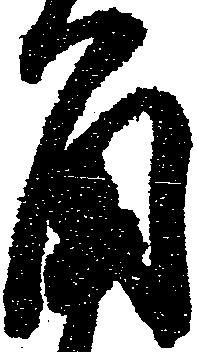
角